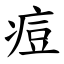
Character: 痘